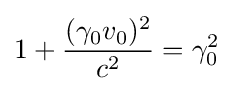
1+{\frac {(\gamma _{0}v_{0})^{2}}{c^{2}}}=\gamma _{0}^{2}